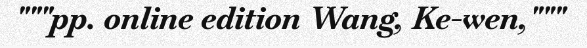
"""pp. online edition Wang, Ke-wen,"""